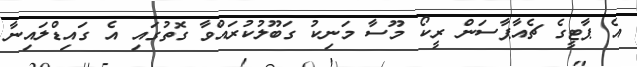
އެ ޕާޓީގެ ޗެއާޕާސަން ރީކޯ މޫސާ މަނިކު ގަބޫލުކުރައްވާ ގޮތުގައި އެ ގައިޑްލައިނާ